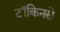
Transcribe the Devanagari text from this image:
टॉकिनसे